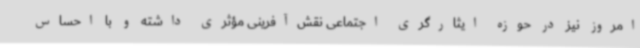
امروز نیز در حوزه ایثارگری اجتماعی نقش‌آفرینی مؤثری داشته و با احساس